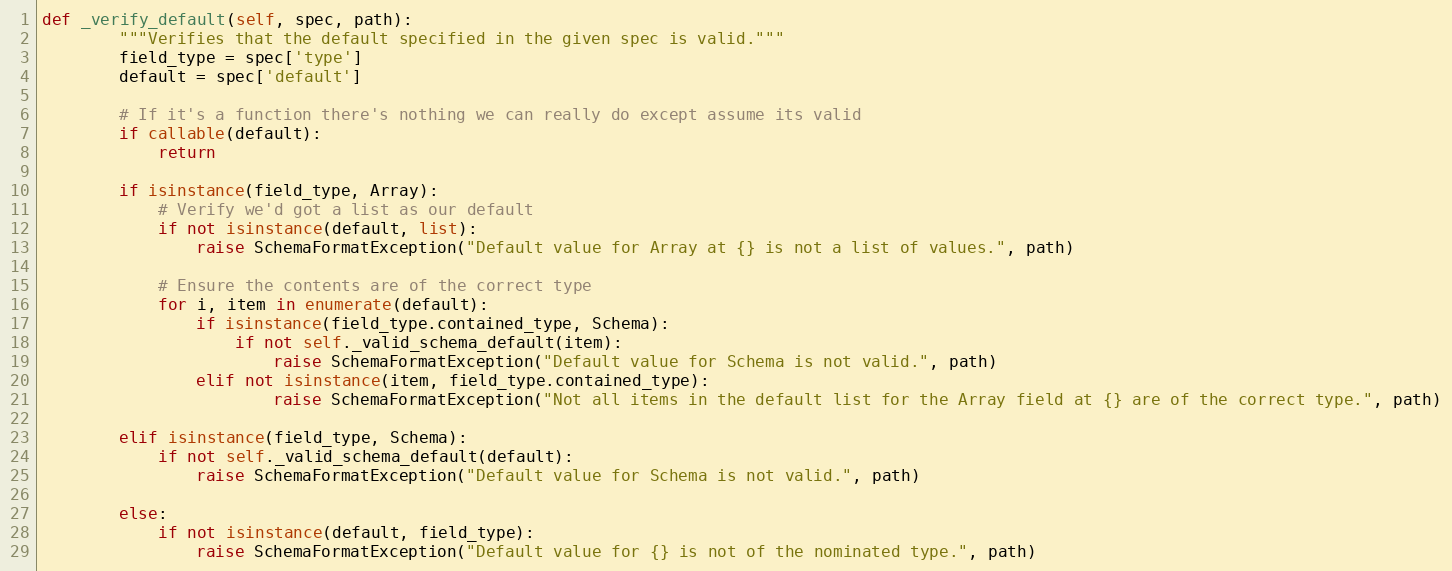
Language: Python
def _verify_default(self, spec, path):
        """Verifies that the default specified in the given spec is valid."""
        field_type = spec['type']
        default = spec['default']

        # If it's a function there's nothing we can really do except assume its valid
        if callable(default):
            return

        if isinstance(field_type, Array):
            # Verify we'd got a list as our default
            if not isinstance(default, list):
                raise SchemaFormatException("Default value for Array at {} is not a list of values.", path)

            # Ensure the contents are of the correct type
            for i, item in enumerate(default):
                if isinstance(field_type.contained_type, Schema):
                    if not self._valid_schema_default(item):
                        raise SchemaFormatException("Default value for Schema is not valid.", path)
                elif not isinstance(item, field_type.contained_type):
                        raise SchemaFormatException("Not all items in the default list for the Array field at {} are of the correct type.", path)

        elif isinstance(field_type, Schema):
            if not self._valid_schema_default(default):
                raise SchemaFormatException("Default value for Schema is not valid.", path)

        else:
            if not isinstance(default, field_type):
                raise SchemaFormatException("Default value for {} is not of the nominated type.", path)